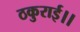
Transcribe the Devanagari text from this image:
ठकुराई।।